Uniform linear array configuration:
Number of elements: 64
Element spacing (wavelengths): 1
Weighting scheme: hamming
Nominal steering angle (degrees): -15
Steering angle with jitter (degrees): -14.845
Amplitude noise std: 0.05
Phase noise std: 0.05

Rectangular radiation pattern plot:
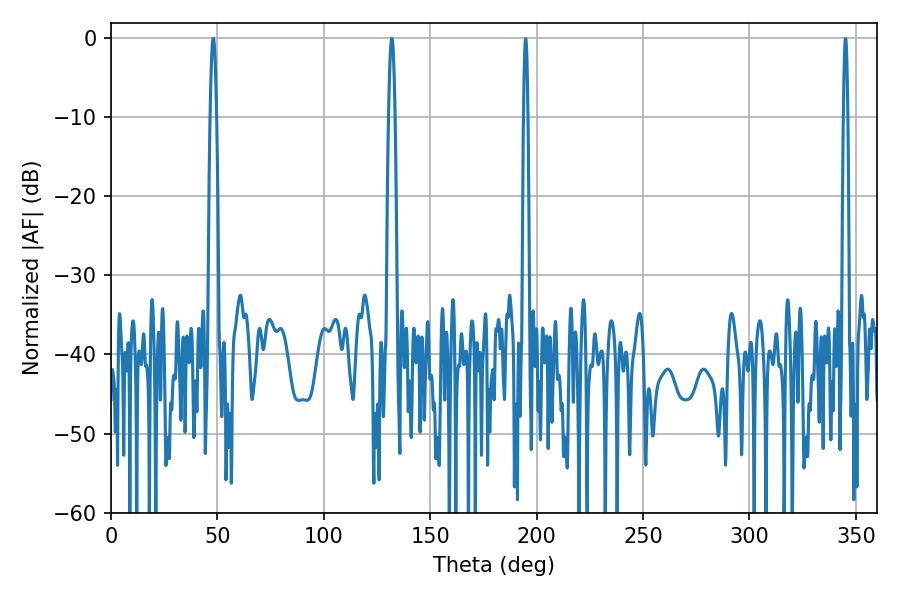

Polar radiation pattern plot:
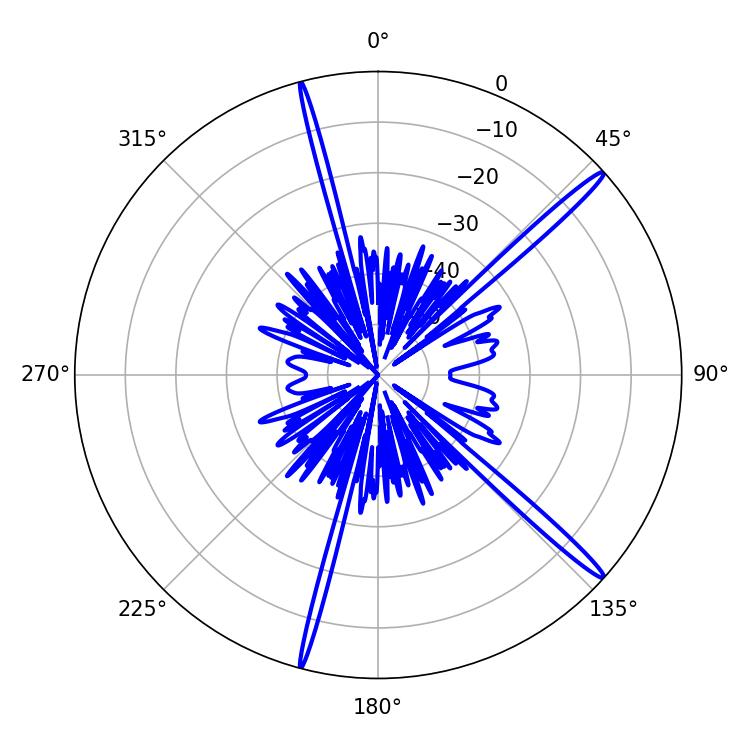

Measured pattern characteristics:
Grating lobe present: TRUE
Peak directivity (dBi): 17.364
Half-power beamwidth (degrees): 1.44
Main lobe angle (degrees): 48.06